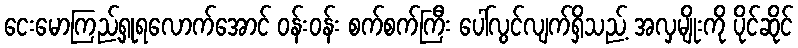
ငေးမောကြည့်ရှုရလောက်အောင် ဝန်းဝန်း စက်စက်ကြီး ပေါ်လွင်လျက်ရှိသည့် အလှမျိုးကို ပိုင်ဆိုင်